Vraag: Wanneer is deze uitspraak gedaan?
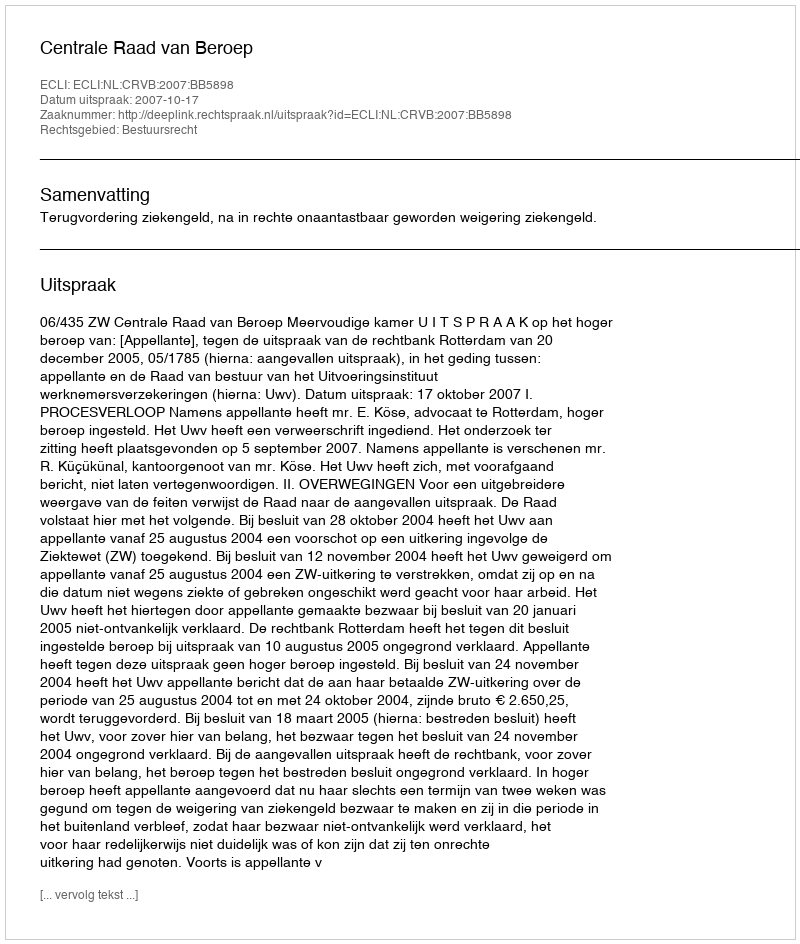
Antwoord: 2007-10-17